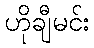
ဟိုချီမင်း